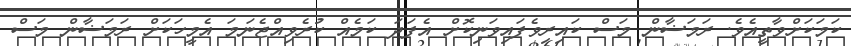
ކަމަކަށްވާތީއެވެ. ރަމަޟާން މަސް ކައިރިވެފައިވަނިކޮށް އެފަދަ ކަމެއް ކުރެވިއްޖެނަމަ އެމީހަކަށް ރަމަޟާން މަސް